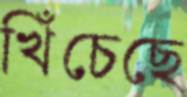
খিঁচেছে